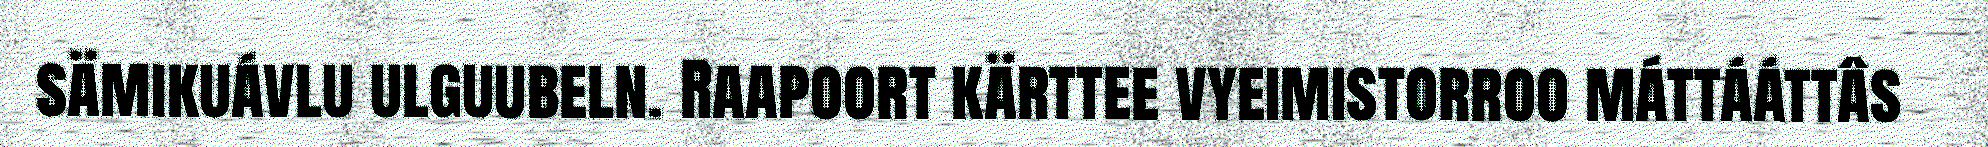
sämikuávlu ulguubeln. Raapoort kärttee vyeimistorroo máttááttâs